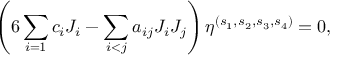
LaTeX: \left( 6 \sum _ { i = 1 } c _ { i } J _ { i } - \sum _ { i < j } a _ { i j } J _ { i } J _ { j } \right) \eta ^ { ( s _ { 1 } , s _ { 2 } , s _ { 3 } , s _ { 4 } ) } = 0 ,